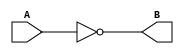
`timescale 1ns / 1ps
//////////////////////////////////////////////////////////////////////////////////
// Company: 
// Engineer: 
// 
// Design Name: 
// Module Name:    myNot 
// Project Name: 
// Target Devices: 
// Tool versions: 
// Description: 
//
// Dependencies: 
//
// Revision: 
// Revision 0.01 - File Created
// Additional Comments: 
//
//////////////////////////////////////////////////////////////////////////////////
module myNot(A, B);
    input wire A;
    output wire B;
    assign B = !A;
endmodule